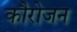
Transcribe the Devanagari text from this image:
कौरोजन